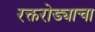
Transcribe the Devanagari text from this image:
रक्तरोड्याचा